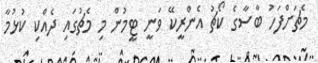
މެޗަށްފަހު ބާސާގެ ކޯޗު އެންރީކޭ ވަނީ ޓީމުން މި މެޗުގައި ދެއްކި ކުޅުމާ